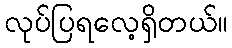
လုပ်ပြရလေ့ရှိတယ်။